Board of Education Examinations in Art and in Science and Technology, and Examinations of the City and Guilds of London Institute, 1918, 1918
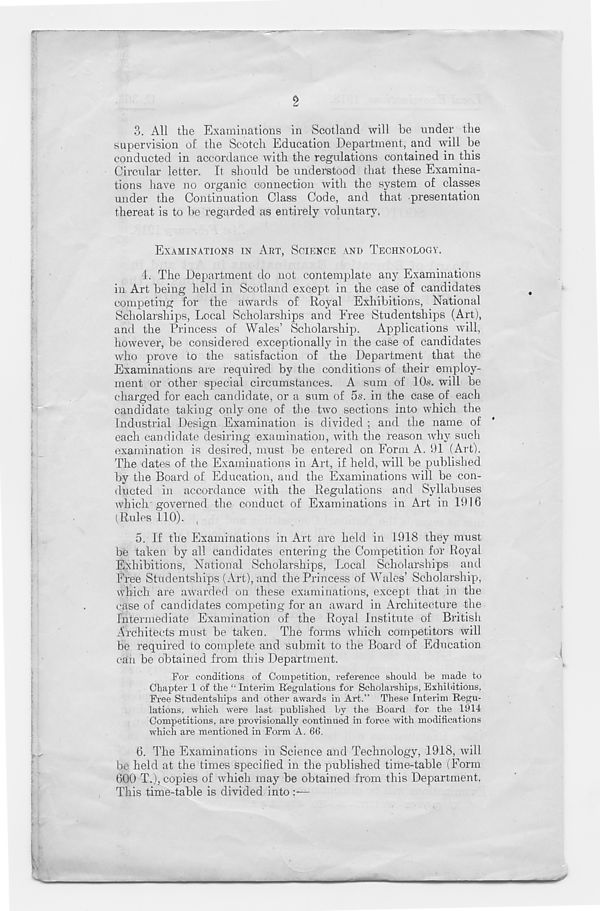
3.
All tlie Examinations in S
supervision of the Scotch Education Department, and will be
conducted in accordance with the regulations contained in this
Circular letter. It should be understood that these Examina-
tions have no organic connection with the system of classes
under the Continuation Class Code, and that presentation
thereat is to be regarded as entirely voluntary,
EXAMINATIONS IN ART, SCIENCE AND TECHNOLOGY,
4.
The Department do not
in Art being held in Scotland except in the case of candidates
competing for the awards of Royal Exhibitions, National
Scholarships, Local Scholarships and Free Studentships (Art),
and the Princess of Wales’ Scholarship. Applications will,
however, be considered exceptionally in the case of candidates
who prove to the satisfaction of the Department that the
Examinations are required by the conditions of their employ-
ment or other special circumstances. A sum of 10s. will be
charged for each candidate, or a sum of 5s. in the case of each
candidate taking only one of the two sections into which the
Industrial Design Examination is divided ; and the name of
each candidate desiring examination, with the reason why such
examination is desired, must be entered on Form A. 91 (Art).
The dates of the Examinations in Art, if held, will be published
by the Board of Education, and the Examinations will be con-
ducted in accordance with the Regulations and Syllabuses
which governed the conduct of Examinations in Art in 1916
(Rules 110). ,
5. If the Examinations in Art are held in 1918 they must
be taken by all candidates entering the Competition for Royal
Exhibitions, National Scholarships, Local Scholarships and
Free Studentships (Art), and the Princess of Wales’ Scholarship,
which are awarded on these examinations, except that in the
case of candidates competing for an award in Architecture the
Intermediate Examination of the Royal Institute of British
Architects must be taken. The forms which competitors will
be required to complete and submit to the Board of Education
can be obtained from this Department.
For conditions of Competition, reference should be made to
Chapter 1 of the “ Interim Regulations for Scholarships, Exhibitions,
Free Studentships and other awards in Art.” These Interim Regu-
lations, which were last published by the Board for the 1914
Competitions, are provisionally continued in force with modifications
which are mentioned in Form A. 66.
6. The Examinations in Science and Technology, 1918, will
be held at the times specified in the published time-table (Form
600 T.), copies of which may be obtained from this Department,
This time-table is divided into:—